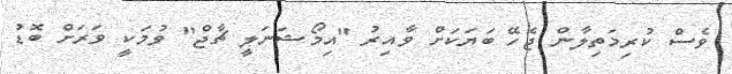
ވެސް ކުރިމަތިލާން ޖެހޭ ބަޔަކަށް ވާއިރު "އިމޯޝަނަލީ ޗާޖް" ވުމަކީ ވަރަށް ބޮޑު